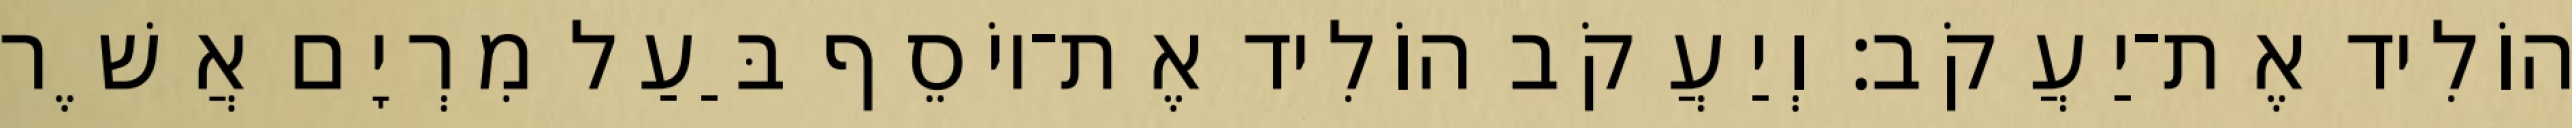
הוֹלִיד אֶת־יַעֲקֹב׃ וְיַעֲקֹב הוֹלִיד אֶת־יוֹסֵף בַּעַל מִרְיָם אֲשֶׁר